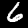
Digit: 6